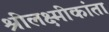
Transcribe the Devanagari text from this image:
श्रीलक्ष्मीकांता